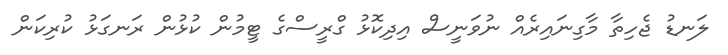
ލަނޑު ޖެހިތާ މާގިނައިރެއް ނުވަނީސް އިދިކޮޅު ގްރީސްގެ ޓީމުން ކުޅުން ރަނގަޅު ކުރިކަން